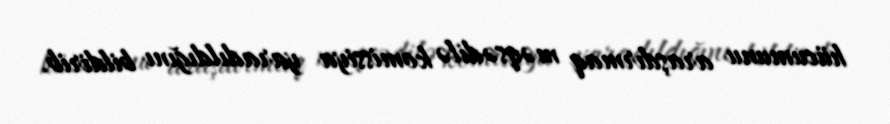
hücumunu araşdırmaq məqsədilə komissiya yaradıldığını bildirib.